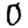
Digit: 0